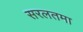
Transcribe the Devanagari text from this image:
सरलतमा